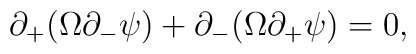
\partial_+(\Omega \partial_- \psi)+\partial_-(\Omega \partial_+\psi)=0,